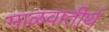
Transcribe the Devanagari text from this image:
माळवातीर्थ